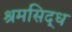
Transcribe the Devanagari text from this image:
श्रमसिद्ध